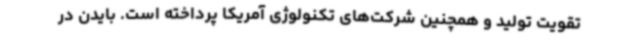
تقویت تولید و همچنین شرکت‌های تکنولوژی آمریکا پرداخته است. بایدن در